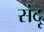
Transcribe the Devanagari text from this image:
संदू